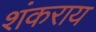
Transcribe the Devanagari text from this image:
शंकराय